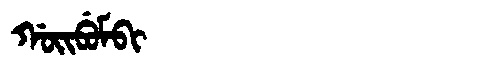
Manchu: ᡤᠣᡳᠪᡠᠮᠪᡳ
Romanization: GOIBUMBI